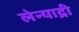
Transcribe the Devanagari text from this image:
लेन्याद्री